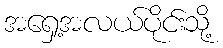
အရှေ့အလယ်ပိုင်းသို့